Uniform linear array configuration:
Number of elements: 32
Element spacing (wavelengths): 1
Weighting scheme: kaiser
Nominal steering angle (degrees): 45
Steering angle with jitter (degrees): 45.622
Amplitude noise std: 0.05
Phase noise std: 0.05

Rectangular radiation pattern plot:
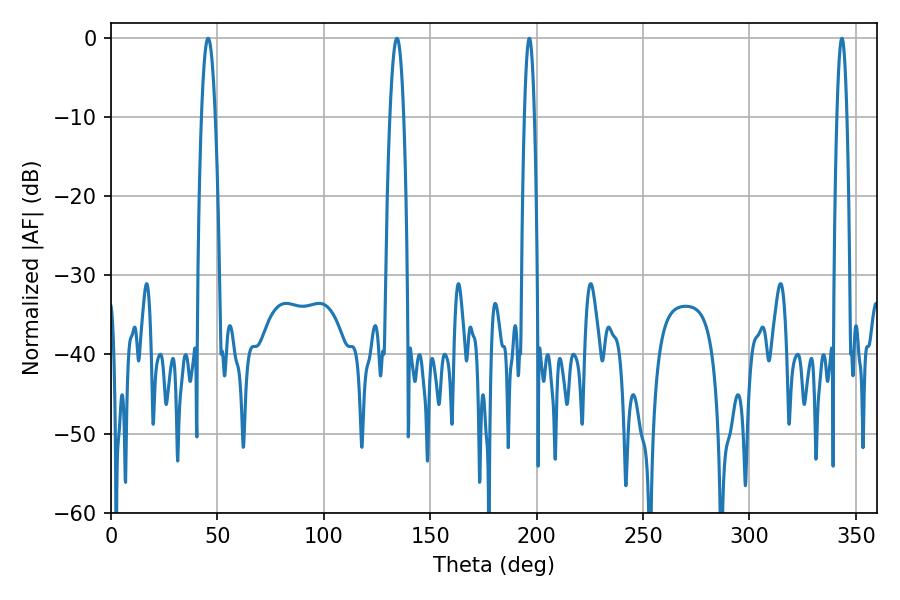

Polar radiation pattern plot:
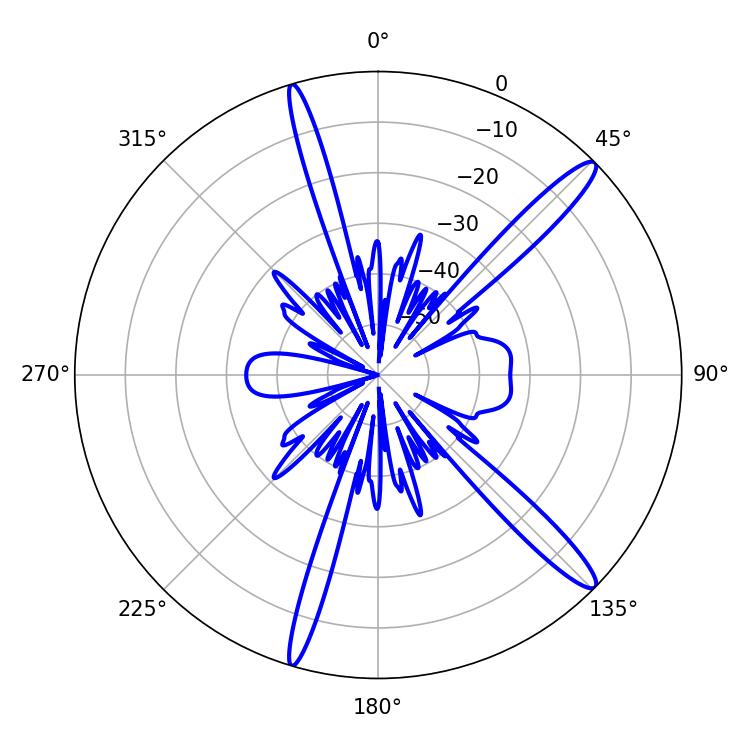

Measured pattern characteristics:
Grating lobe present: TRUE
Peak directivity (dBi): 14.636
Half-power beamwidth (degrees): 2.52
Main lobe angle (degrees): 196.56